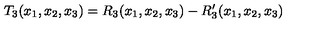
T _ { 3 } ( x _ { 1 } , x _ { 2 } , x _ { 3 } ) = R _ { 3 } ( x _ { 1 } , x _ { 2 } , x _ { 3 } ) - R _ { 3 } ^ { \prime } ( x _ { 1 } , x _ { 2 } , x _ { 3 } )